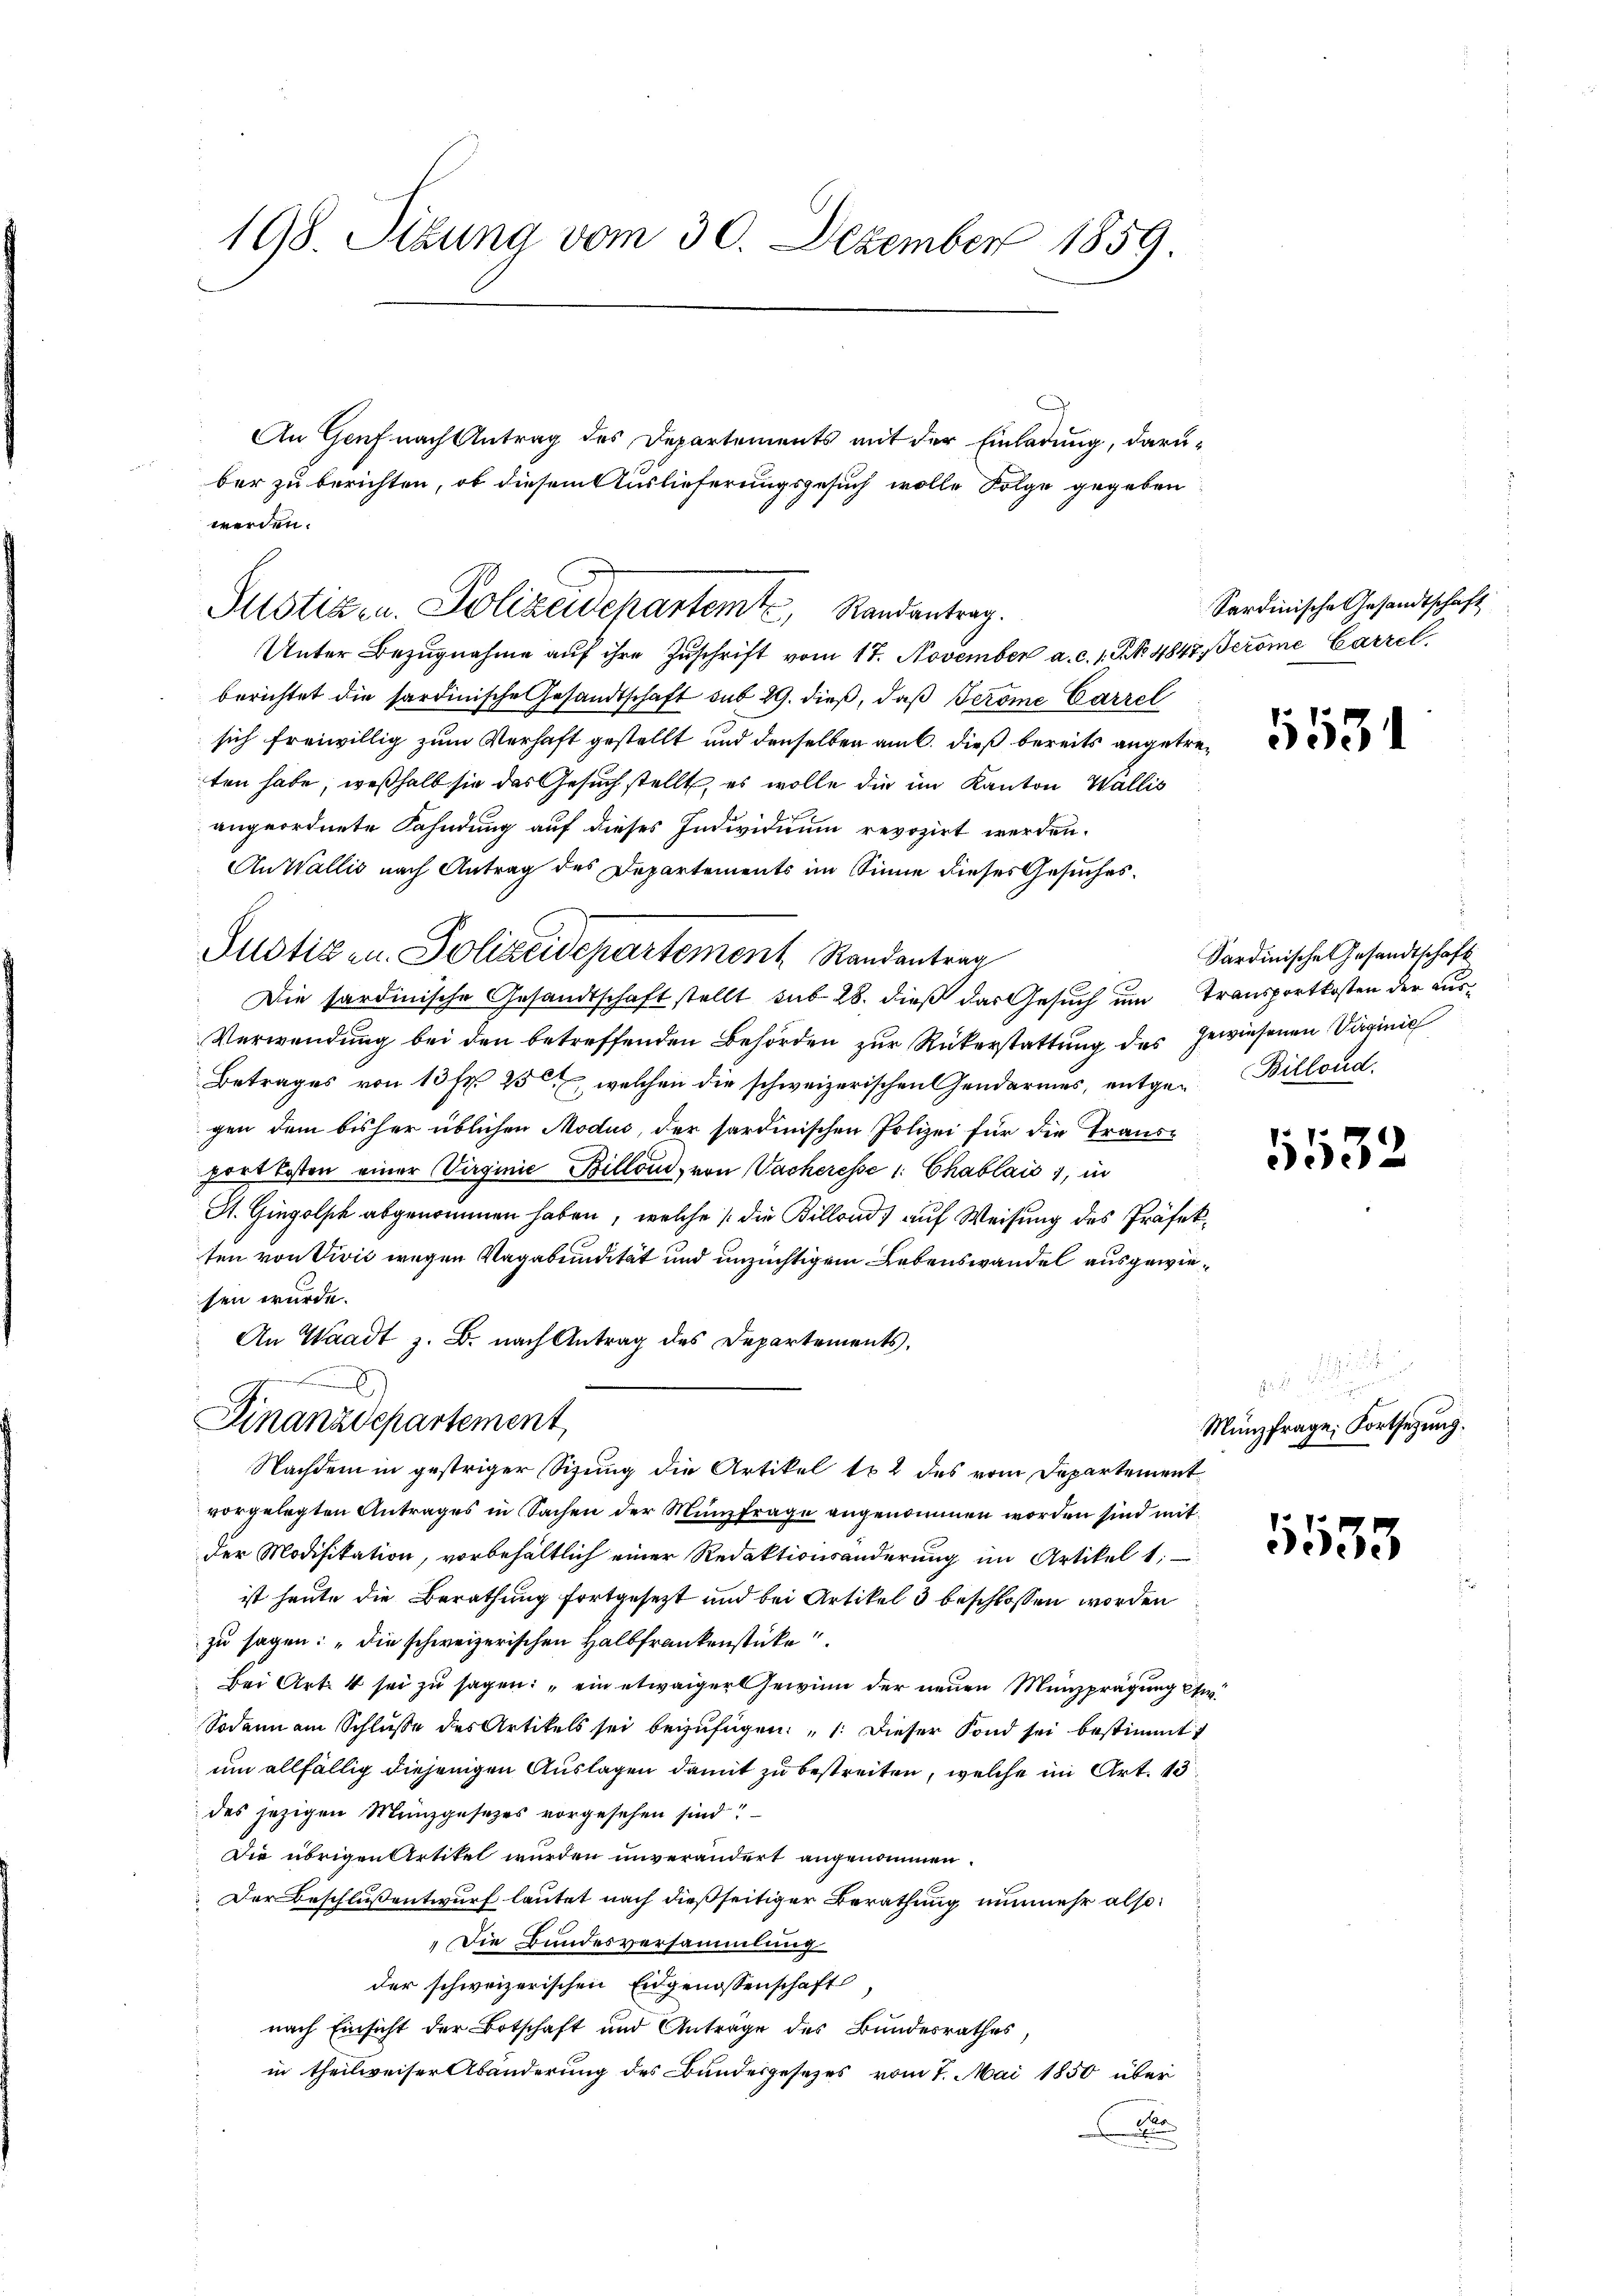
198. Situng vom 30. Dezember 1859.

An Genf nach Antrag des Departements mit der Einladung, darüber zu berichten, ob diesem Auslieferungsgesuch wolle Folge gegeben
werden.
Justiz- u. Polizeidepartemt, Randantrag.
Unter Bezugnahme auf ihre Zuschrift vom 17. November a. c. 1. No 4847 eröme Carzel
berichtet die sardinische Gesandtschaft sub 29. dieß, daß Jerome Carrel
sich freiwillig zum Verhaft gestellt und denselben am 6. dieß bereits angetreten habe, weßhalb sie das Gesuch stellt, es wolle die im Kanton Wallis
angeordnete Fahndung auf dieses Individuum revozirt werden.
An Wallis nach Antrag des Departements im Sinne dieses Gesuches.
Justizen. Polizeidepartement Randantrag
Die sardinische Gesandtschaft stellt sub 28. dieß das Gesuch um Transportkosten der aus¬
Verwendung bei den betreffenden Behörden zur Rükerstattung des gewiesenen Vaginie
Betrages von 13 Fr. 250, welchen die schweizerischen Gendarmes, entge-Billond.
gen dem bisher üblichen Modus, der sardinischen Polizei für die Traus-
port kosten einer Virginie Billond, von Wacheresse 1. Chablais 1, in
St. Gingolsch abgenommen haben, welche die Billand) auf Weisung des Präfekten von Vivić wegen Vagabundität und unzüchtigem Lebenswandel ausgewiesen wurde.
An Waadt z. B. nach Antrag des Departements.
)
Finanzdepartement
Nachdem in gestriger Sizung die Artikel 12 des vom Departement
vorgelegten Antrages in Sachen der Münzfrage angenommen worden sind mitder Modifikation, vorbehältlich einer Redaktionsänderung im Artikel 1:
ist heute die Berathung fortgesetzt und bei Artikel 3 beschlossen worden
zu sagen: „Die schweizerischen Halbfrankenstücke
Bei Art. 4 sei zu sagen: „ein etwaiger Gewinn der neuen Münzprägung etw
Sodann am Schlusse des Artikels sei beizufügen: 1. Dieser Fond sei bestimmt
um allfällig diejenigen Auslagen damit zu bestreiten, welche im Art. 13.
des jezigen Münzgesezes vorgesehen sind!
Die übrigen Artikel wurden unverändert angenommen.
Der Beschlußentwurf lautet nach dießseitiger Berathung nunmehr also
Die Bundesversammlung
der schweizerischen Eidgenossenschaft
nach Einsicht der Botschaft und Anträge des Bundesrathes,
in theilweiser Abänderung des Bundesgesezes vom 7. Mai 1850 über
e

Sardinische Gesandtschaft

5531

Sardinische Gesandtschaft

1532

Münzfrage, Fortsetzung.

1535